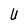
Character: U